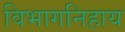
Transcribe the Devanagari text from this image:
विभागनिहाय